Specificity of antivenomous sera, with special reference to a serum prepared with the venom of Daboia russellii - Number 16
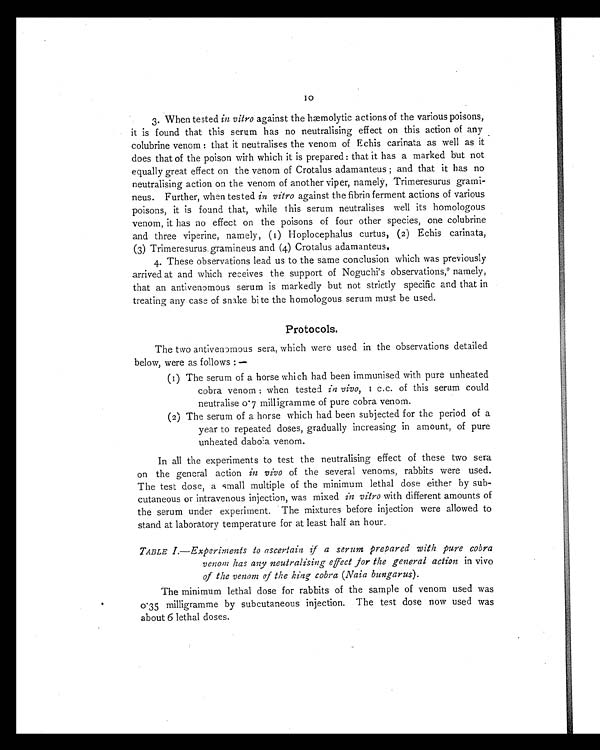
10
3. When tested in vitro against the hæmolytic actions of the various poisons,
it is found that this serum has no neutralising effect on this action of any
colubrine venom : that it neutralises the venom of Echis carinata as well as it
does that of the poison with which it is prepared : that it has a marked but not
equally great effect on the venom of Crotalus adamanteus ; and that it has no
neutralising action on the venom of another viper, namely, Trimeresurus grami-
neus. Further, when tested in vitro against the fibrin ferment actions of various
poisons, it is found that, while this serum neutralises well its homologous
venom, it has no effect on the poisons of four other species, one colubrine
and three viperine, namely, (1) Hoplocephalus curtus, (2) Echis carinata,
(3) Trimeresurus gramineus and (4) Crotalus adamanteus.
4.These observations lead us to the same conclusion which was previously
arrived at and which receives the support of Noguchi's observations, 9 namely,
that an antivenomous serum is markedly but not strictly specific and that in
treating any case of snake bite the homologous serum must be used.
Protocols.
The two antivenomous sera, which were used in the observations detailed
below, were as follows:—
(1) The serum of a horse which had been immunised with pure unheated
cobra venom : when tested in vivo, 1 c.c. of this serum could
neutralise 0.7 milligramme of pure cobra venom.
(2) The serum of a horse which had been subjected for the period of a
year to repeated doses, gradually increasing in amount, of pure
unheated daboia venom.
In all the experiments to test the neutralising effect of these two sera
on the general action in vivo of the several venoms, rabbits were used.
The test dose, a small multiple of the minimum lethal dose either by sub-
cutaneous or intravenous injection, was mixed in vitro with different amounts of
the serum under experiment. The mixtures before injection were allowed to
stand at laboratory temperature for at least half an hour.
TABLE I.—Experiments to ascertain if a serum prepared with pure cobra
venom has any neutralising effect for the general action in vivo
of the venom of the king cobra (Naia bungarus).
The minimum lethal dose for rabbits of the sample of venom used was
0.35 milligramme by subcutaneous injection. The test dose now used was
about 6 lethal doses.